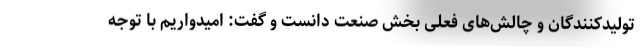
تولیدکنندگان و چالش‌های فعلی بخش صنعت دانست و گفت: امیدواریم با توجه